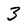
Character: 3